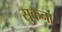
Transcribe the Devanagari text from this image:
सुकर्नो